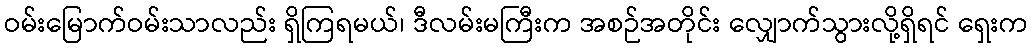
ဝမ်းမြောက်ဝမ်းသာလည်း ရှိကြရမယ်၊ ဒီလမ်းမကြီးက အစဉ်အတိုင်း လျှောက်သွားလို့ရှိရင် ရှေးက